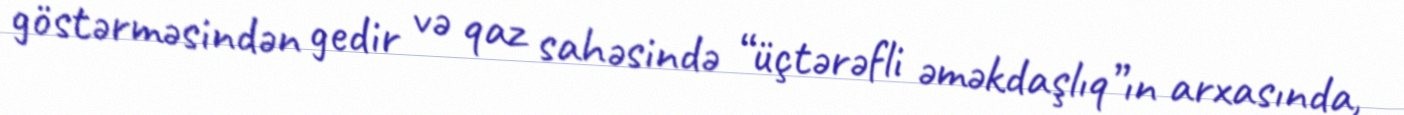
göstərməsindən gedir və qaz sahəsində “üçtərəfli əməkdaşlıq”ın arxasında,